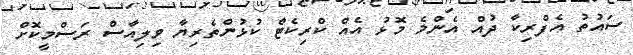
ސައުތު އެފްރިކާ ދުއް އެންމެ މޮޅު އެއް ކްރިކެޓް ކުޅުންތެރިޔާ ވިލިއާސް ރަސްމީކޮށް